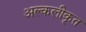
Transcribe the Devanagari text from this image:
अल्कलीकृत